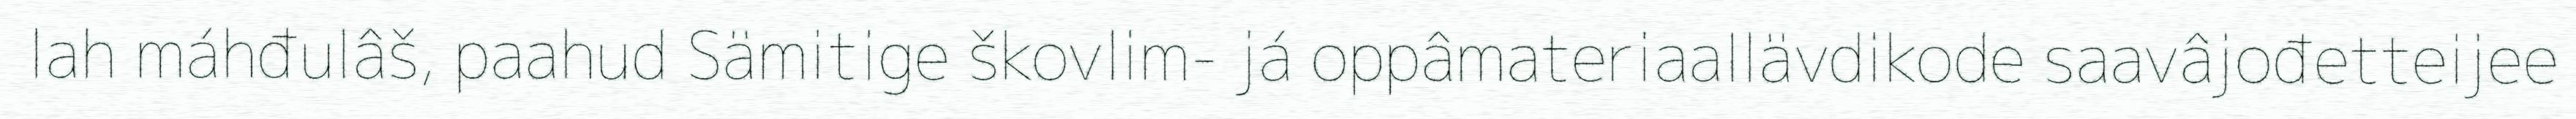
lah máhđulâš, paahud Sämitige škovlim- já oppâmateriaallävdikode saavâjođetteijee